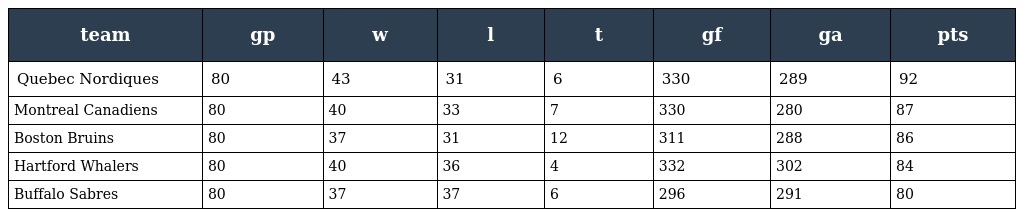
| team | gp | w | l | t | gf | ga | pts |
 | --- | --- | --- | --- | --- | --- | --- | --- |
 | Quebec Nordiques | 80 | 43 | 31 | 6 | 330 | 289 | 92 |
 | Montreal Canadiens | 80 | 40 | 33 | 7 | 330 | 280 | 87 |
 | Boston Bruins | 80 | 37 | 31 | 12 | 311 | 288 | 86 |
 | Hartford Whalers | 80 | 40 | 36 | 4 | 332 | 302 | 84 |
 | Buffalo Sabres | 80 | 37 | 37 | 6 | 296 | 291 | 80 |